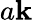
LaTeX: a\mathbf{k}